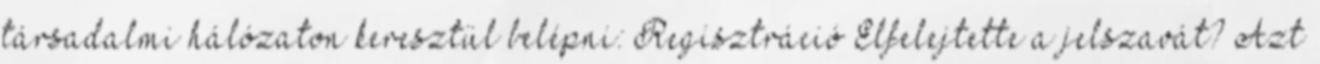
társadalmi hálózaton keresztül belépni: Regisztráció Elfelejtette a jelszavát? Azt